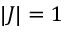
| J | = 1